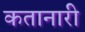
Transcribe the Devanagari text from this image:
कतानारी